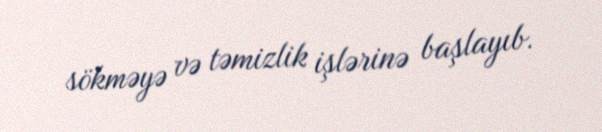
sökməyə və təmizlik işlərinə başlayıb.